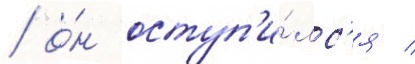
/ о́н оступ'и́лс'я /